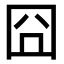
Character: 囧